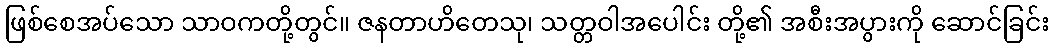
ဖြစ်စေအပ်သော သာဝကတို့တွင်။ ဇနတာဟိတေသု၊ သတ္တဝါအပေါင်း တို့၏ အစီးအပွားကို ဆောင်ခြင်း